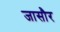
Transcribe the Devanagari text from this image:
जासौर